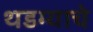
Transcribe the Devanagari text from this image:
थडग्याचे